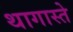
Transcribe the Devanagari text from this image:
थागास्ते